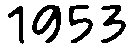
1953